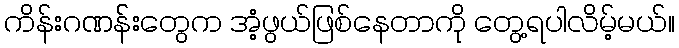
ကိန်းဂဏန််းတွေက အံ့ဖွယ်ဖြစ်နေတာကို တွေ့ရပါလိမ့်မယ်။